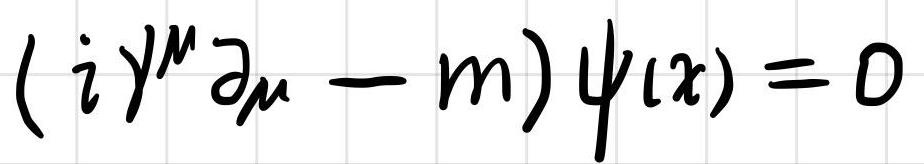
$( i \gamma^{\mu} \partial_{\mu} - m ) \psi(x) = 0$